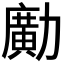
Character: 𠢹